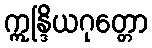
ဣန္ဒြိယဂုတ္တော